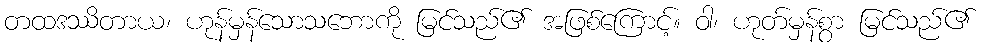
တထဒဿိတာယ၊ ဟုန်မှန်သောသဘောကို မြင်သည်၏ အဖြစ်ကြောင့်။ ဝါ၊ ဟုတ်မှန်စွာ မြင်သည်၏